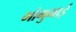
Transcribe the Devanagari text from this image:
मोगुभाई